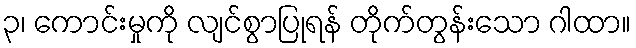
၃၊ ကောင်းမှုကို လျင်စွာပြုရန် တိုက်တွန်းသော ဂါထာ။